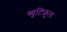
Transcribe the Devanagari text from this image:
ब्यूटिफ़ुल